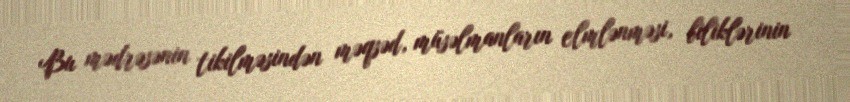
Bu mədrəsənin tikilməsindən məqsəd, müsəlmanların elmlənməsi, biliklərinin